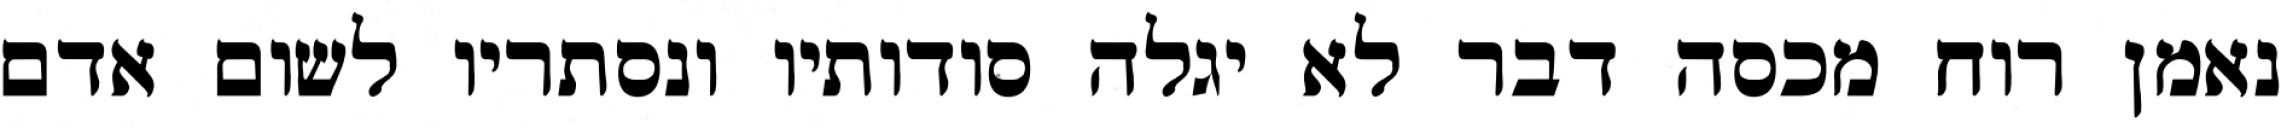
נאמן רוח מכסה דבר לא יגלה סודותיו ונסתריו לשום אדם